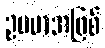
ဥပမာအဖြစ်